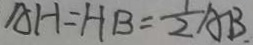
A H = H B = \frac { 1 } { 2 } A B